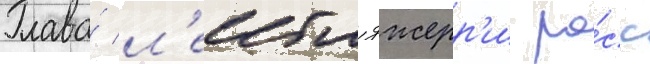
Глава́ л'еибла джерр'и ро́сс